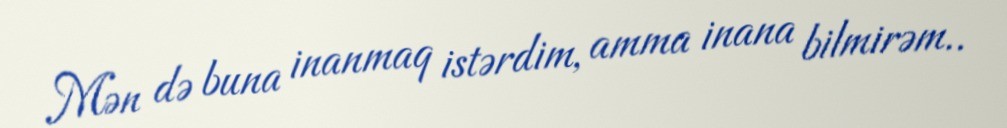
Mən də buna inanmaq istərdim, amma inana bilmirəm..